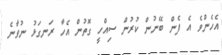
އެހެންވެ އެ ފެން ބޭނުން ކުރުން ސިއްހީ ގޮތުން އެހާ ރަނގަޅު ނުވާނެ